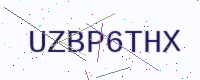
Text: UZBP6THX